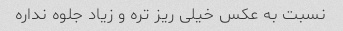
نسبت به عکس خیلی ریز تره و زیاد جلوه نداره